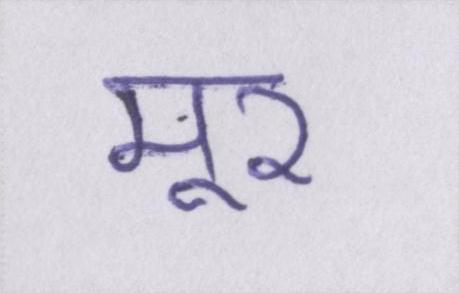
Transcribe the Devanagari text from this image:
मूर